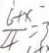
\frac { 6 + x } { 4 } = 3